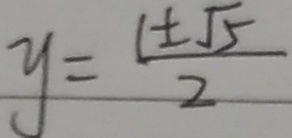
y = \frac { 1 \pm \sqrt { 5 } } { 2 }